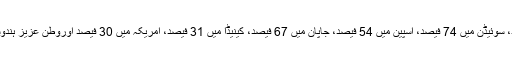
ایک اندازے کے مطابق روس میں 48 فیصد، برازیل میں 58 فیصد، انڈونیشیا میں 47 فیصد، سوئیڈن میں 74 فیصد، اسپین میں 54 فیصد، جاپان میں 67 فیصد، کینیڈا میں 31 فیصد، امریکہ میں 30 فیصد اوروطن عزیز ہندوستان میں 23 فیصد، بھوٹان میں 72 فیصد اور نیپال میں 39 فیصد جنگلات پائے جاتے ہیں ۔